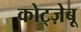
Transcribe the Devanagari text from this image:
कोट्ज़ेबू